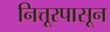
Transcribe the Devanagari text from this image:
नित्तूरपासून